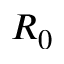
R _ { 0 }